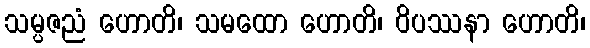
သမ္ပဇညံ ဟောတိ၊ သမထော ဟောတိ၊ ဝိပဿနာ ဟောတိ၊